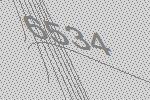
6534